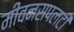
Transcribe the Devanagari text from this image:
मीवनसपलटी